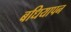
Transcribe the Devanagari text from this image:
बधियापन